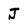
Character: J